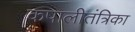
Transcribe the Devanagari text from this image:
कपालीतंत्रिका